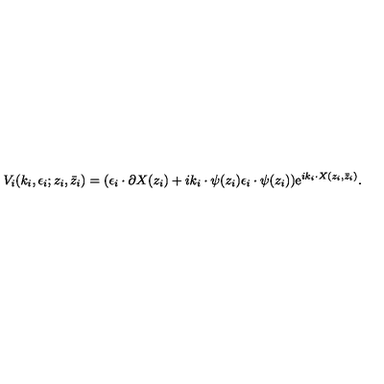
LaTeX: V _ { i } ( k _ { i } , \epsilon _ { i } ; z _ { i } , \bar { z } _ { i } ) = ( \epsilon _ { i } \cdot \partial X ( z _ { i } ) + i k _ { i } \cdot \psi ( z _ { i } ) \epsilon _ { i } \cdot \psi ( z _ { i } ) ) \mathrm { e } ^ { i k _ { i } \cdot X ( z _ { i } , \bar { z } _ { i } ) } .